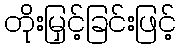
တိုးမြှင့်ခြင်းဖြင့်